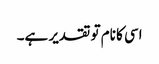
اسی کا نام تو تقدیر ہے۔